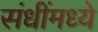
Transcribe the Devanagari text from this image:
संधींमध्ये